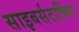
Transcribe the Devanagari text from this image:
साइबर्सटाकिंग